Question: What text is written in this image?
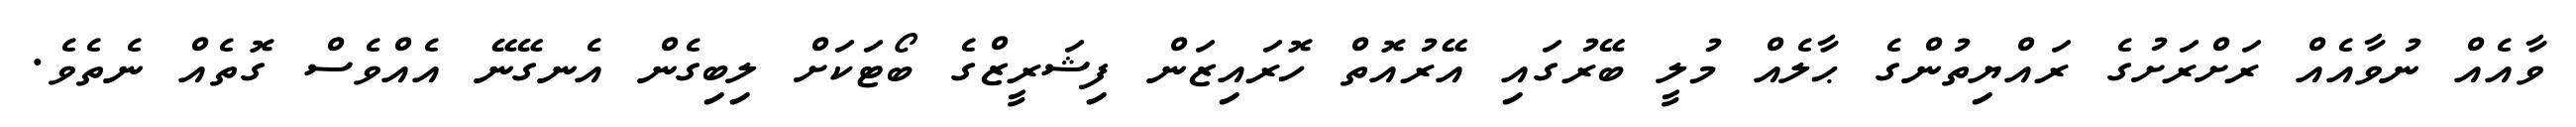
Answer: ވާއެއް ނުވާއެއް ރަށްރަށުގެ ރައްޔިތުންގެ ޙާލެއް މުލީ ބޭރުގައި އޭރުއޮތް ހޮރައިޒަން ފިޝަރީޒްގެ ބޯޓަކަށް ލިބިގެން އެނގޭނޭ އެއްވެސް ގޮތެއް ނެތެވެ.